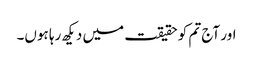
اور آج تم کو حقیقت میں دیکھ رہا ہوں۔